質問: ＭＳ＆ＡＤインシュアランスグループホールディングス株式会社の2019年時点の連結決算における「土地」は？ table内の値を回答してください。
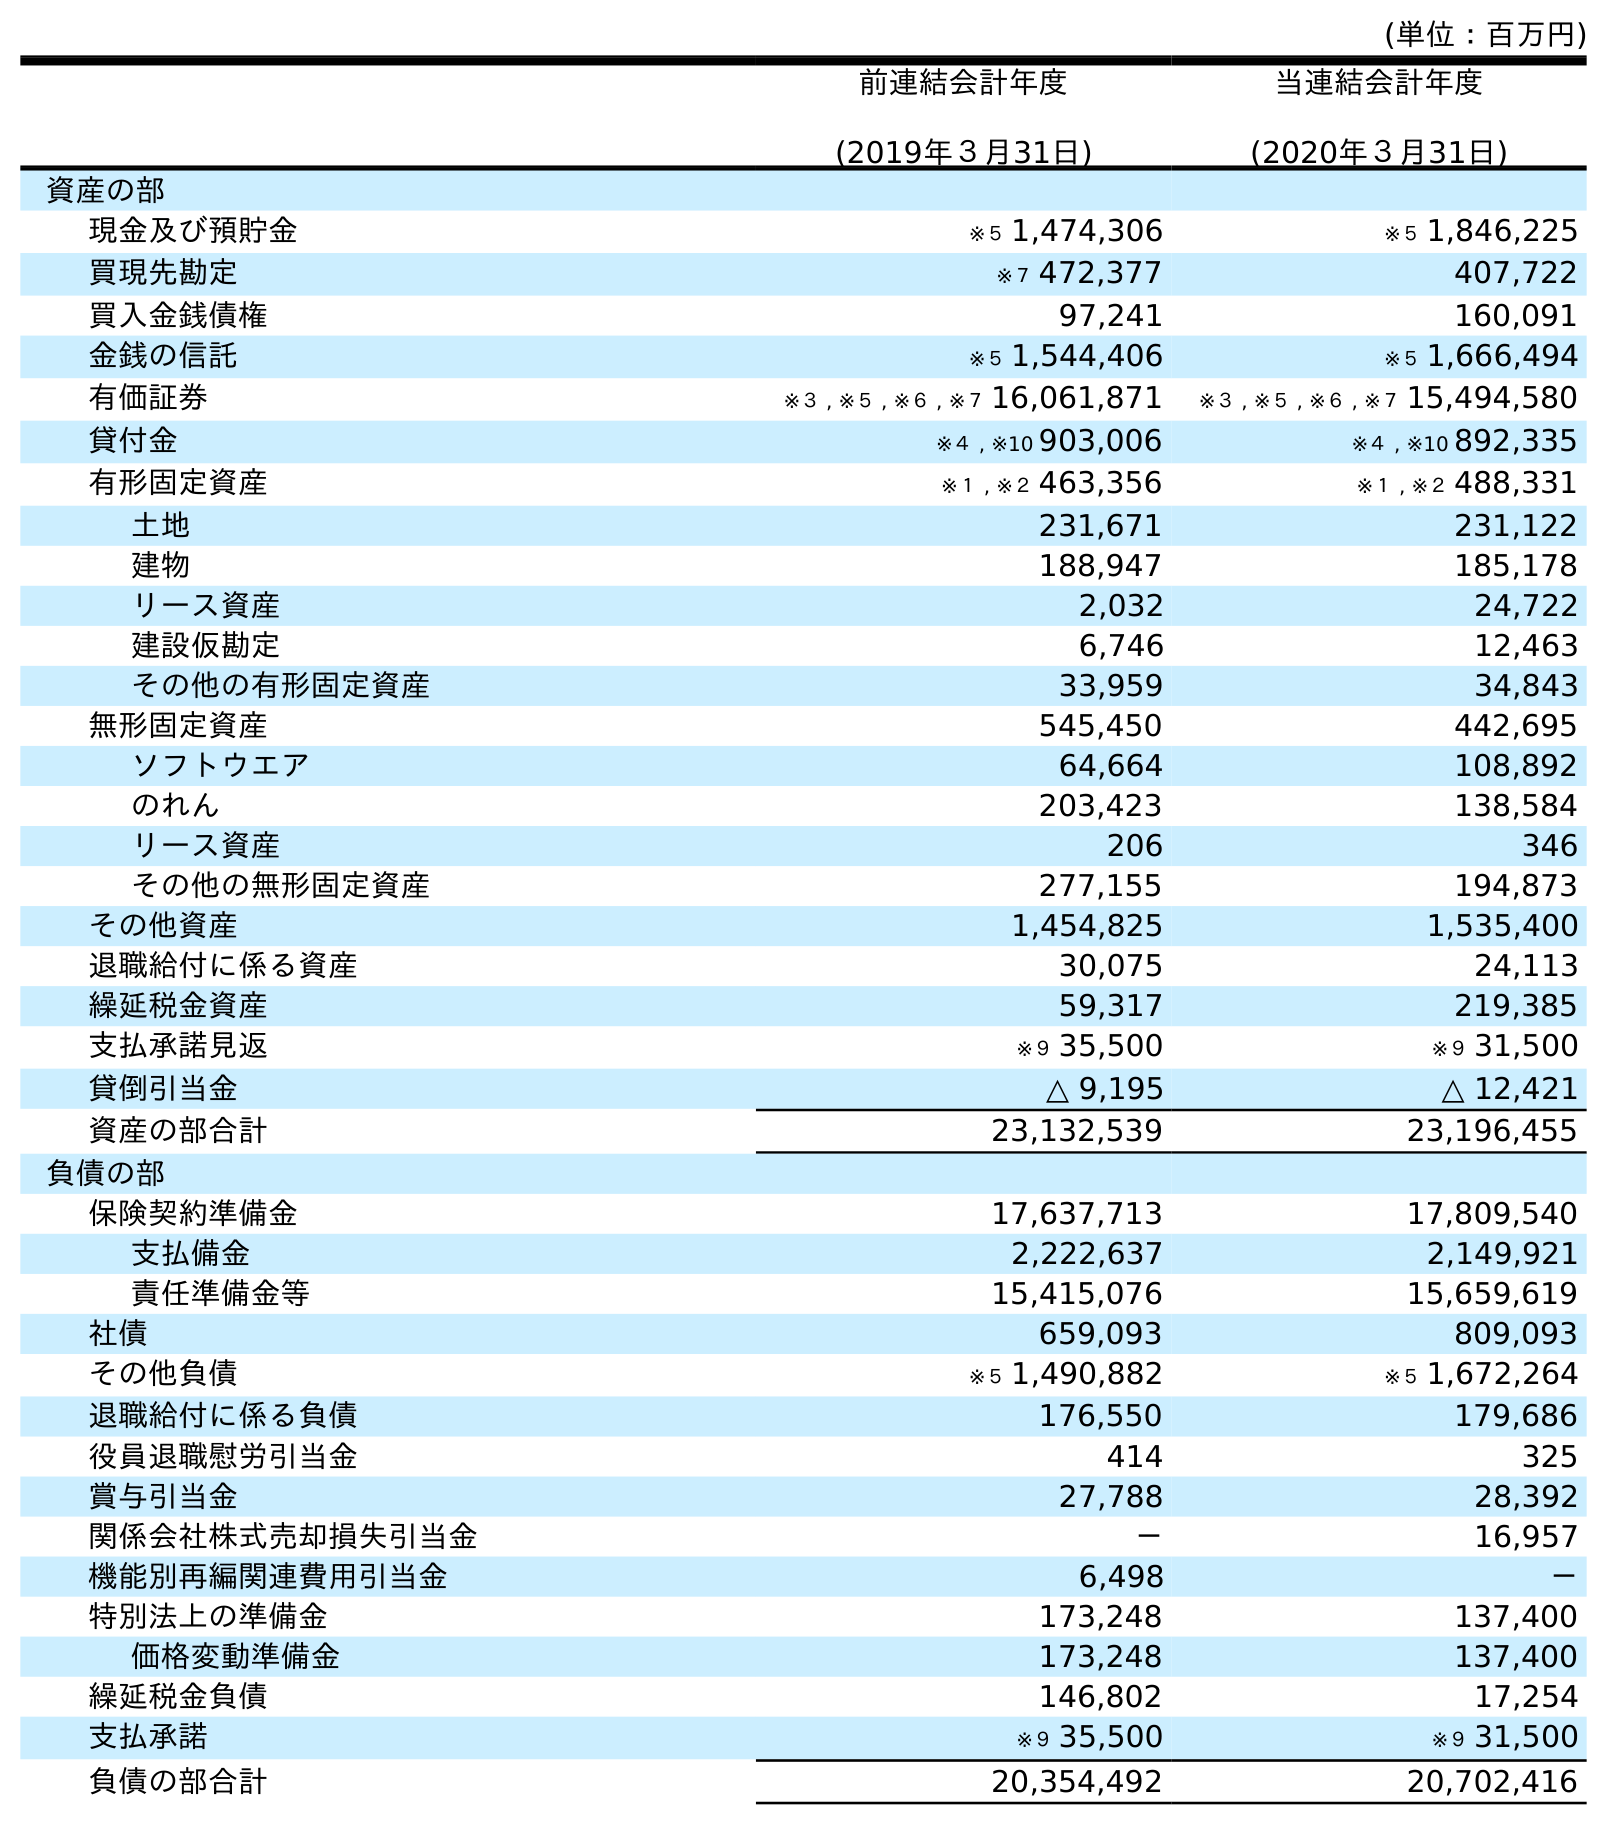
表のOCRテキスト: (単位：百万円) 前連結会計年度 (2019年３月31日) 当連結会計年度 (2020年３月31日) 資産の部 現金及び預貯金 ※５ 1,474,306 ※５ 1,846,225 買現先勘定 ※７ 472,377 407,722 買入金銭債権 97,241 160,091 金銭の信託 ※５ 1,544,406 ※５ 1,666,494 有価証券 ※３ , ※５ , ※６ , ※７ 16,061,871 ※３ , ※５ , ※６ , ※７ 15,494,580 貸付金 ※４ , ※10 903,006 ※４ , ※10 892,335 有形固定資産 ※１ , ※２ 463,356 ※１ , ※２ 488,331 土地 231,671 231,122 建物 188,947 185,178 リース資産 2,032 24,722 建設仮勘定 6,746 12,463 その他の有形固定資産 33,959 34,843 無形固定資産 545,450 442,695 ソフトウエア 64,664 108,892 のれん 203,423 138,584 リース資産 206 346 その他の無形固定資産 277,155 194,873 その他資産 1,454,825 1,535,400 退職給付に係る資産 30,075 24,113 繰延税金資産 59,317 219,385 支払承諾見返 ※９ 35,500 ※９ 31,500 貸倒引当金 △ 9,195 △ 12,421 資産の部合計 23,132,539 23,196,455 負債の部 保険契約準備金 17,637,713 17,809,540 支払備金 2,222,637 2,149,921 責任準備金等 15,415,076 15,659,619 社債 659,093 809,093 その他負債 ※５ 1,490,882 ※５ 1,672,264 退職給付に係る負債 176,550 179,686 役員退職慰労引当金 414 325 賞与引当金 27,788 28,392 関係会社株式売却損失引当金 － 16,957 機能別再編関連費用引当金 6,498 － 特別法上の準備金 173,248 137,400 価格変動準備金 173,248 137,400 繰延税金負債 146,802 17,254 支払承諾 ※９ 35,500 ※９ 31,500 負債の部合計 20,354,492 20,702,416
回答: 231,671